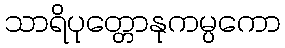
သာရိပုတ္တောနုကမ္ပကော